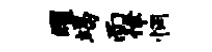
曜竭而律惘